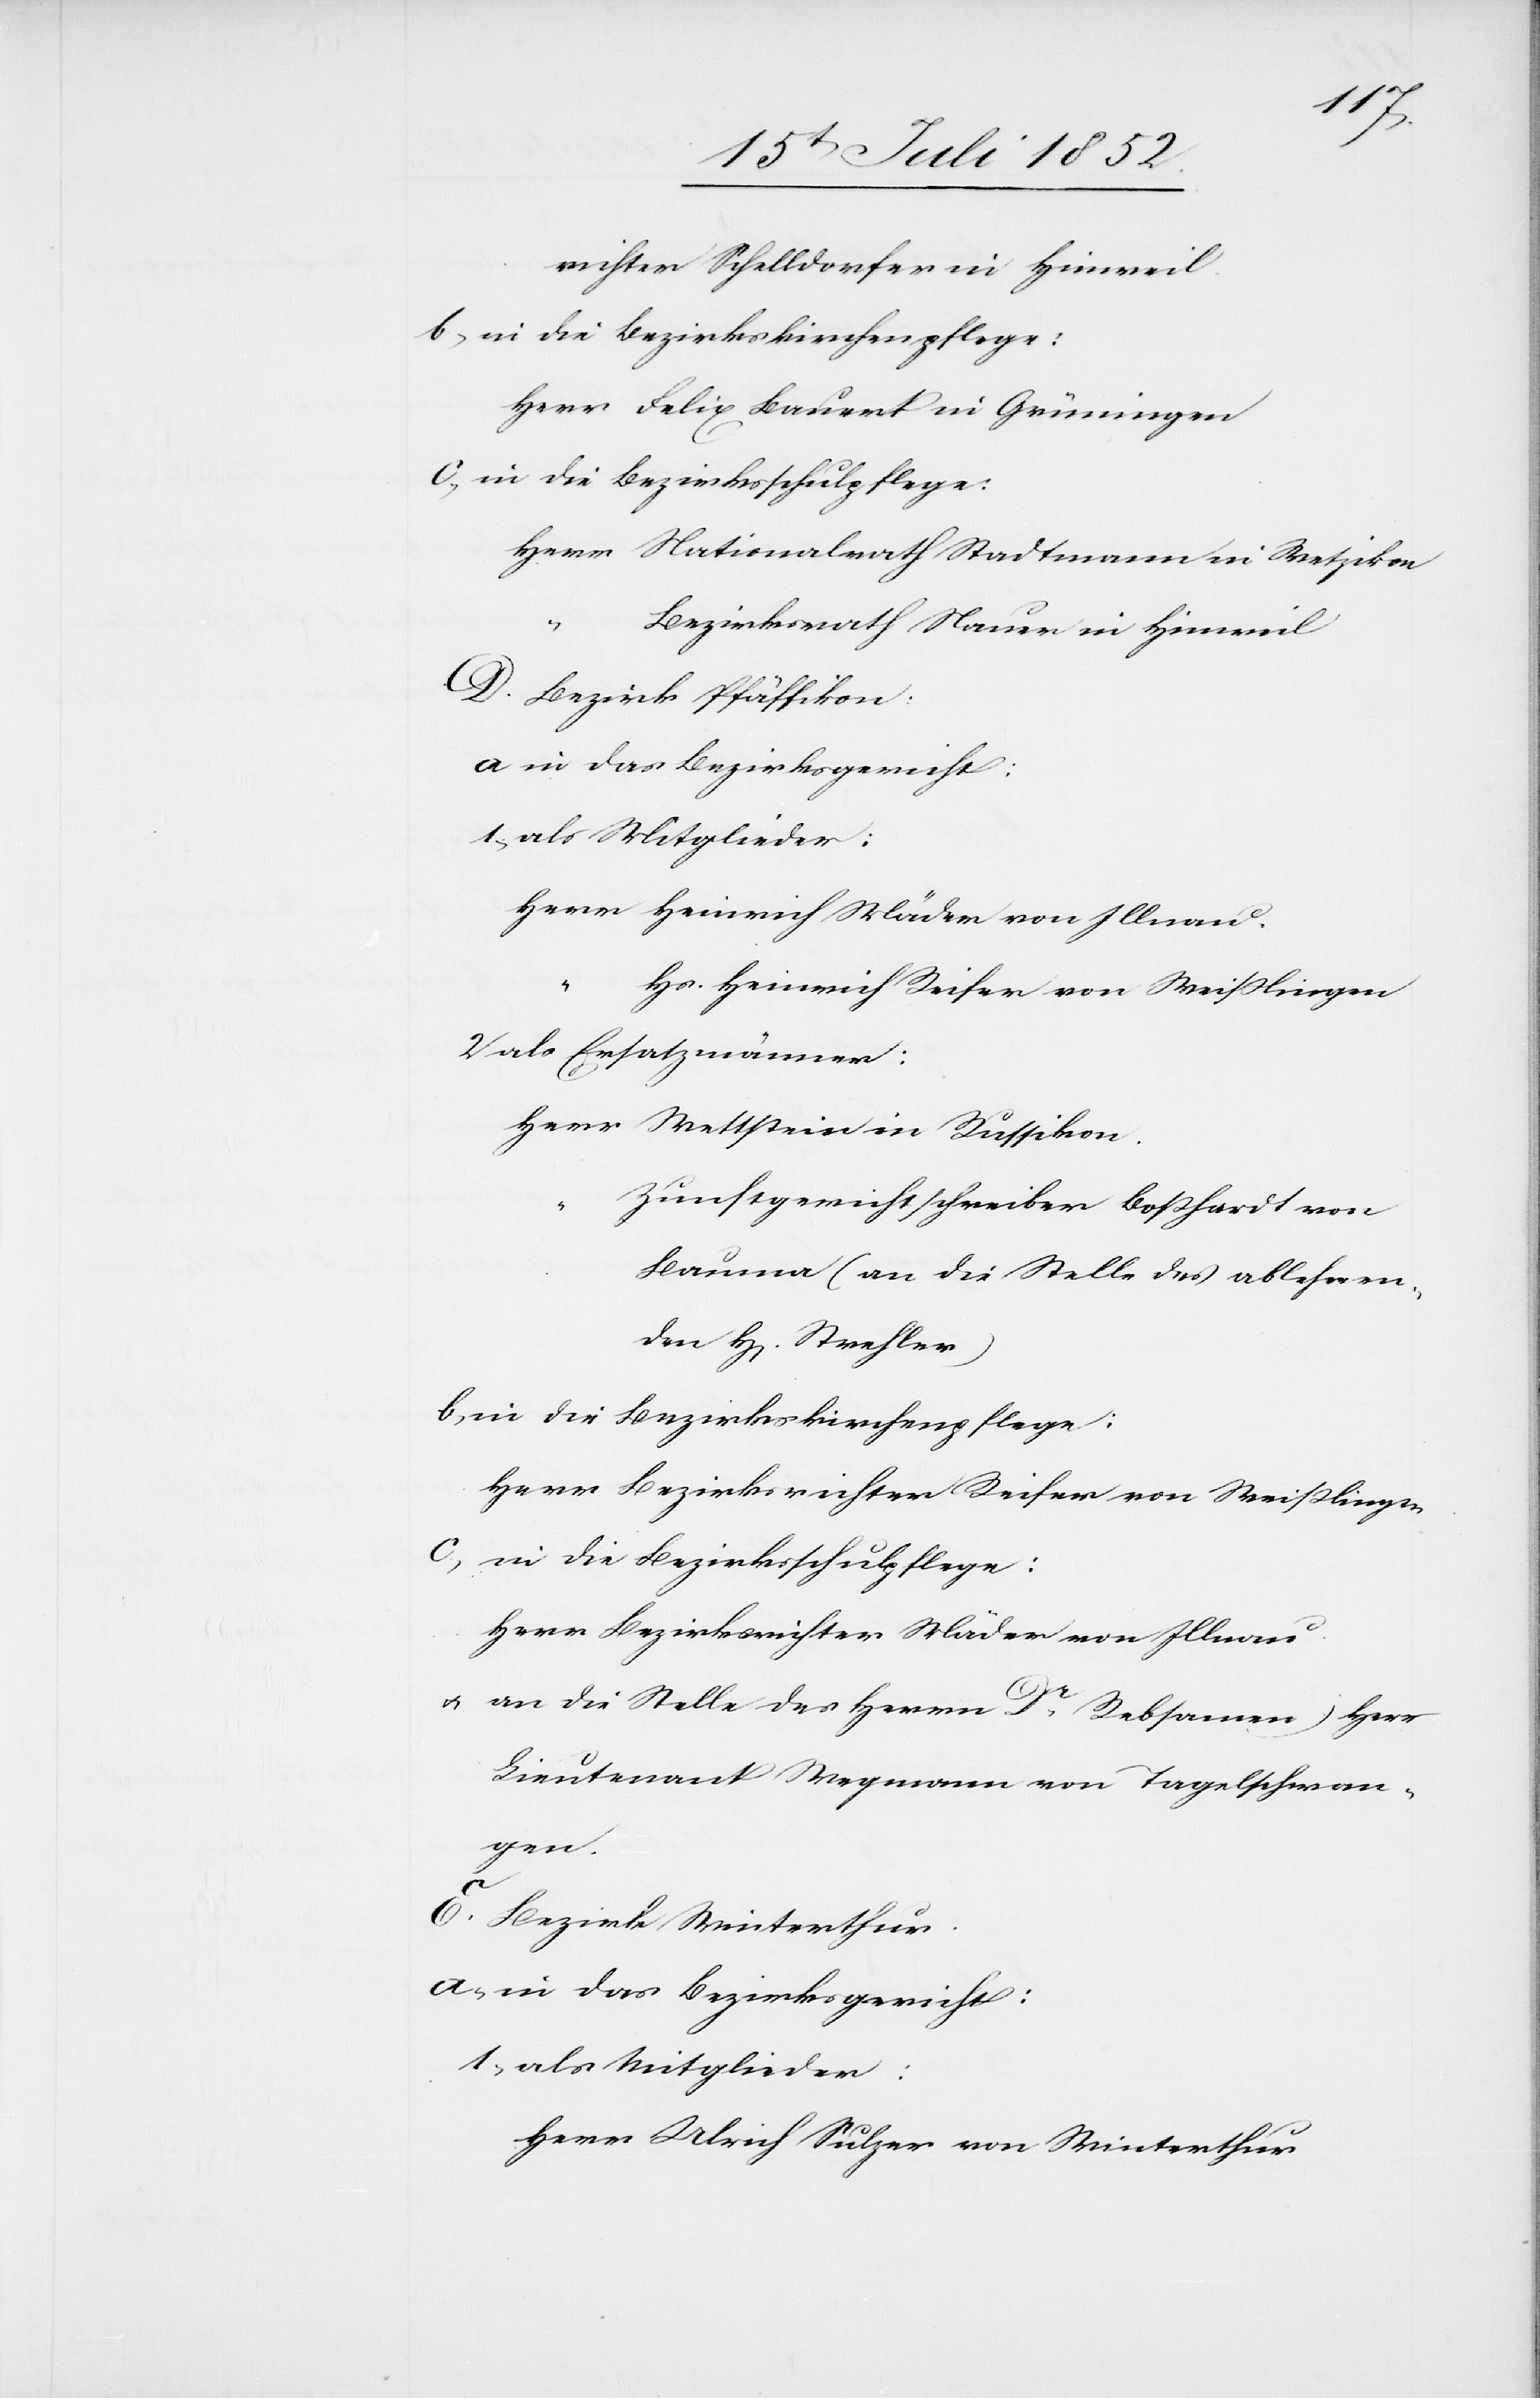
richter Schelldorfer in Hinweil.
Herr Felix Bauert in Grüningen
in die Bezirksschulpflege:
Herr Nationalrath Stadtmann in Wetzikon
“
Bezirksrath Nauer in Hinweil
Bezirk Pfäffikon.
als Mitglieder:
Herr Heinrich Mäder von Illnau.
“
Hs. Heinrich Reifer von Weißlingen
als Ersatzmänner:
Herr Wettstein in Russikon.
den
Zunftgerichtschreiber Boßhardt von
Bauma (an die Stelle des ablehnen¬
in die Bezirkskirchenpflege:
Herr Bezirksrichter Reifer von Weißlingen
Herr Bezirksrichter Mäder von Illnau.
[(]an die Stelle des Herrn Dr. Rebsamen) Herr
Lieutenant Wegmann von Tagelschwan¬
gen.
Bezirk Winterthur.
in das Bezirksgericht:
1,
Herr Ulrich Sulzer von Winterthur